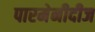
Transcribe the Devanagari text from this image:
पारमेनीदीज